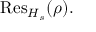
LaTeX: { \mathrm { R e s } } _ { H _ { s } } ( \rho ) .